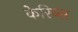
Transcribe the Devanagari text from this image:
केरिब्स